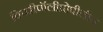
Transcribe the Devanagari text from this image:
विपरीपॉलीप्रोपीलीन